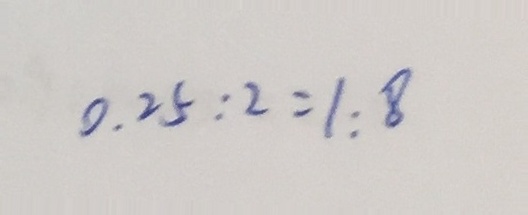
0 . 2 5 : 2 = 1 : 8